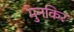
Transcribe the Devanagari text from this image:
मुनकिर